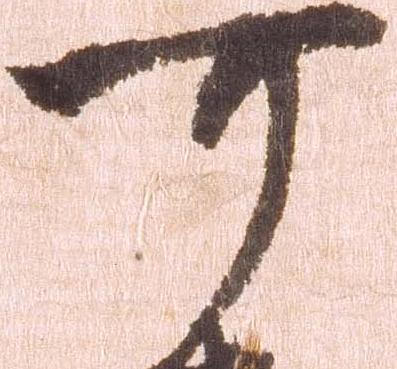
可